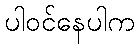
ပါဝင်နေပါက